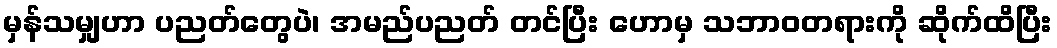
မှန်သမျှဟာ ပညတ်တွေပဲ၊ အမည်ပညတ် တင်ပြီး ဟောမှ သဘာဝတရားကို ဆိုက်ထိပြီး